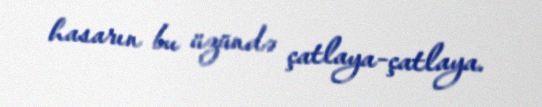
hasarın bu üzündə çatlaya-çatlaya.